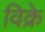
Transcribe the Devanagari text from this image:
विक्रे